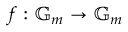
f : \mathbb { G } _ { m } \to \mathbb { G } _ { m }